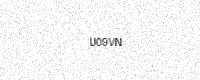
Text: U09VN